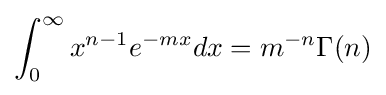
\int _{0}^{\infty }x^{n-1}e^{-mx}dx=m^{-n}\Gamma (n)